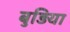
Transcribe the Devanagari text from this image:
बुड़िया